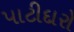
પાટીદારો